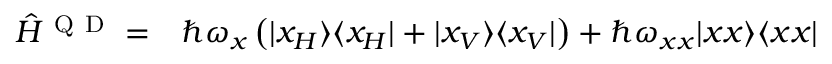
\begin{array} { r l } { \hat { H } ^ { \mathrm { ~ Q ~ D ~ } } = } & { { } \hbar \omega _ { x } \left( \vert x _ { H } \rangle \langle x _ { H } \vert + \vert x _ { V } \rangle \langle x _ { V } \vert \right) + \hbar \omega _ { x x } \vert x x \rangle \langle x x \vert } \end{array}